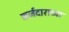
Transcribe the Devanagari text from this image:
कर्जदाराच्या